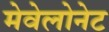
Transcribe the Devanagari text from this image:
मेवेलोनेट